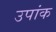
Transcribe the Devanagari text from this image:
उपांक